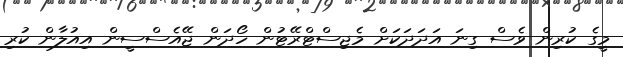
މީގެ ކުރިން ވެސް ގިނަ އަދަދަކަށް މެޖިސްޓްރޭޓުން ހޯދަން ޖޭއެސްސީން އިއުލާން ކުރި